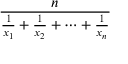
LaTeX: \frac { n } { { \frac { 1 } { x _ { 1 } } } + { \frac { 1 } { x _ { 2 } } } + \cdots + { \frac { 1 } { x _ { n } } } }